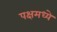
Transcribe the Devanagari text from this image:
पक्षमध्ये